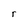
Character: r